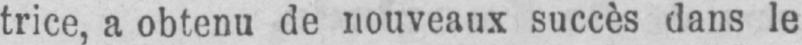
trice, a obtenu de nouveaux succès dans le